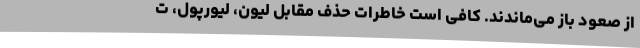
از صعود باز می‌ماندند. کافی است خاطرات حذف مقابل لیون، لیورپول، ت